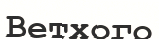
Ветхого